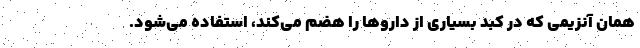
همان آنزیمی که در کبد بسیاری از دارو‌ها را هضم می‌کند، استفاده می‌شود.